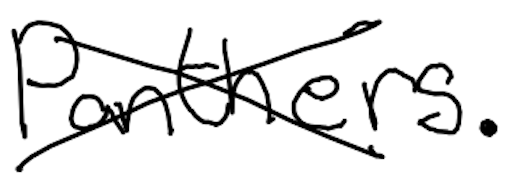
Text: Panthers.
Cross-out: cross
Writing tool: digital_black